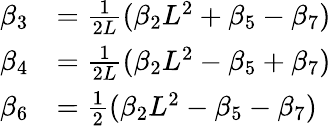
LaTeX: \begin{array}{rl}{\beta_{3}}&{=\frac{1}{2L}(\beta_{2}L^{2}+\beta_{5}-\beta_{7})}\\ {\beta_{4}}&{=\frac{1}{2L}(\beta_{2}L^{2}-\beta_{5}+\beta_{7})}\\ {\beta_{6}}&{=\frac{1}{2}(\beta_{2}L^{2}-\beta_{5}-\beta_{7})}\end{array}